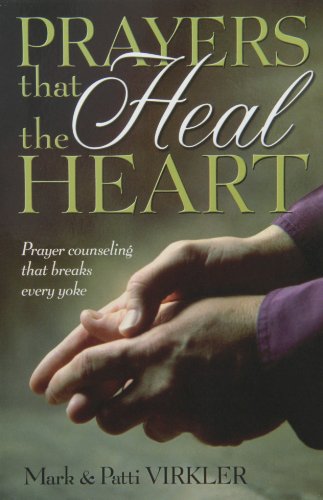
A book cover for Prayers That Heal The Heart; Mark Virkler; Religion & Spirituality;